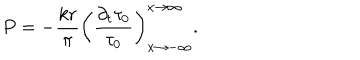
P = - \frac { k r } { \pi } \left( \frac { \partial _ { t } \tau _ { 0 } } { \tau _ { 0 } } \right) _ { x \rightarrow - \infty } ^ { x \rightarrow \infty } .